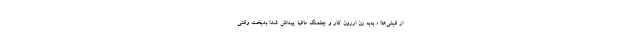
از قبلی‌ها! « به‌به زن ارزون کار و چلمنگ مافیا پیداش شد! بدبخت وقتی